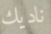
ناديك